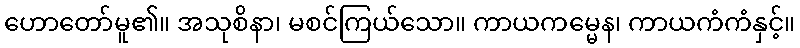
ဟောတော်မူ၏။ အသုစိနာ၊ မစင်ကြယ်သော။ ကာယကမ္မေန၊ ကာယကံကံနှင့်။